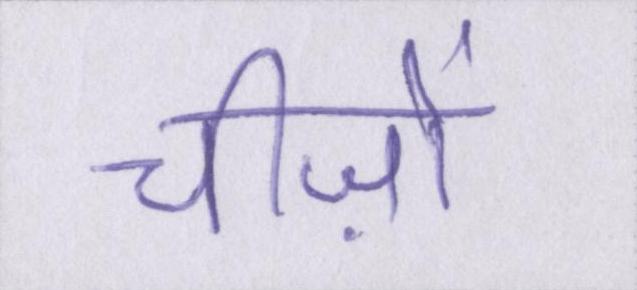
चीज़ों